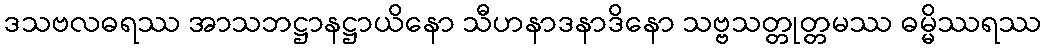
ဒသဗလဓရဿ အာသဘဋ္ဌာနဋ္ဌာယိနော သီဟနာဒနာဒိနော သဗ္ဗသတ္တုတ္တမဿ ဓမ္မိဿရဿ